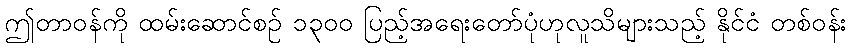
ဤတာဝန်ကို ထမ်းဆောင်စဉ် ၁၃၀၀ ပြည့်အရေးတော်ပုံဟုလူသိများသည့် နိုင်ငံ တစ်ဝန်း